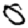
Digit: 0